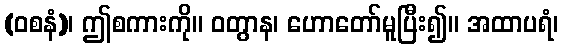
(ဝစနံ)၊ ဤစကားကို။ ဝတွာန၊ ဟောတော်မူပြီး၍။ အထာပရံ၊